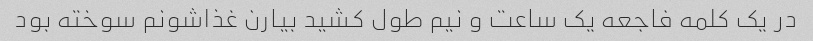
در یک کلمه فاجعه یک ساعت و نیم طول کشید بیارن غذاشونم سوخته بود